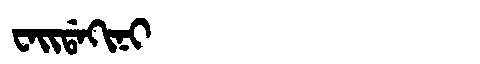
Manchu: ᠸᠠᡳᡩᠠᡴᡳᠨᡳ
Romanization: WAIDAKINI